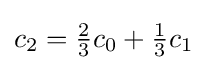
{\textstyle c_{2}={2 \over 3}c_{0}+{1 \over 3}c_{1}}